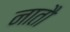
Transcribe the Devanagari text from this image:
नातौ